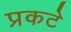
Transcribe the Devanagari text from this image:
प्रकटे